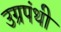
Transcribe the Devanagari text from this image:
उग्रपंथी